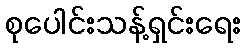
စုပေါင်းသန့်ရှင်းရေး